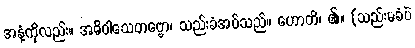
အနံ့ကိုလည်း။ အဓိဝါသေတဗ္ဗော၊ သည်းခံအပ်သည်။ ဟောတိ၊ ၏။ (သည်းမခံပဲ